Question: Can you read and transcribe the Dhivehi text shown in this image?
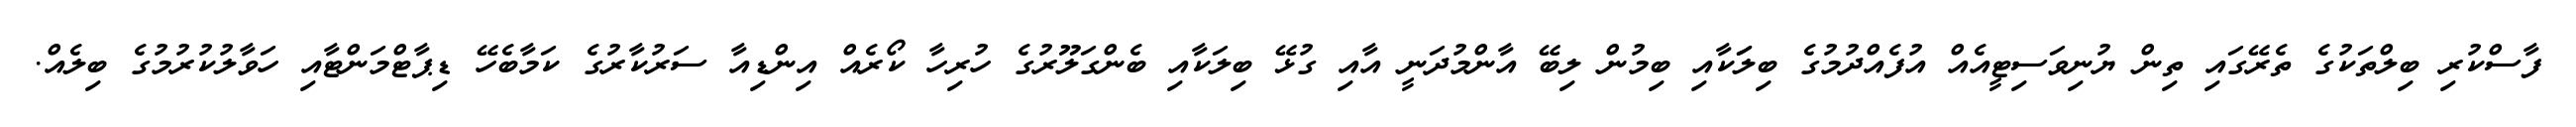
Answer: ފާސްކުރި ބިލްތަކުގެ ތެރޭގައި ތިން ޔުނިވަސިޓީއެއް އުފެއްދުމުގެ ބިލަަކާއި ބިމުން ލިބޭ އާންމުދަނީ އާއި ގުޅޭ ބިލަކާއި ބެންގަލޫރުގެ ހުރިހާ ކޯރެއް އިންޑިއާ ސަރުކާރުގެ ކަމާބެހޭ ޑިޕާޓްމަންޓާއި ހަވާލުކުރުމުގެ ބިލެއް.